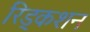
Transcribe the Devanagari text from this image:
रिड्कशन